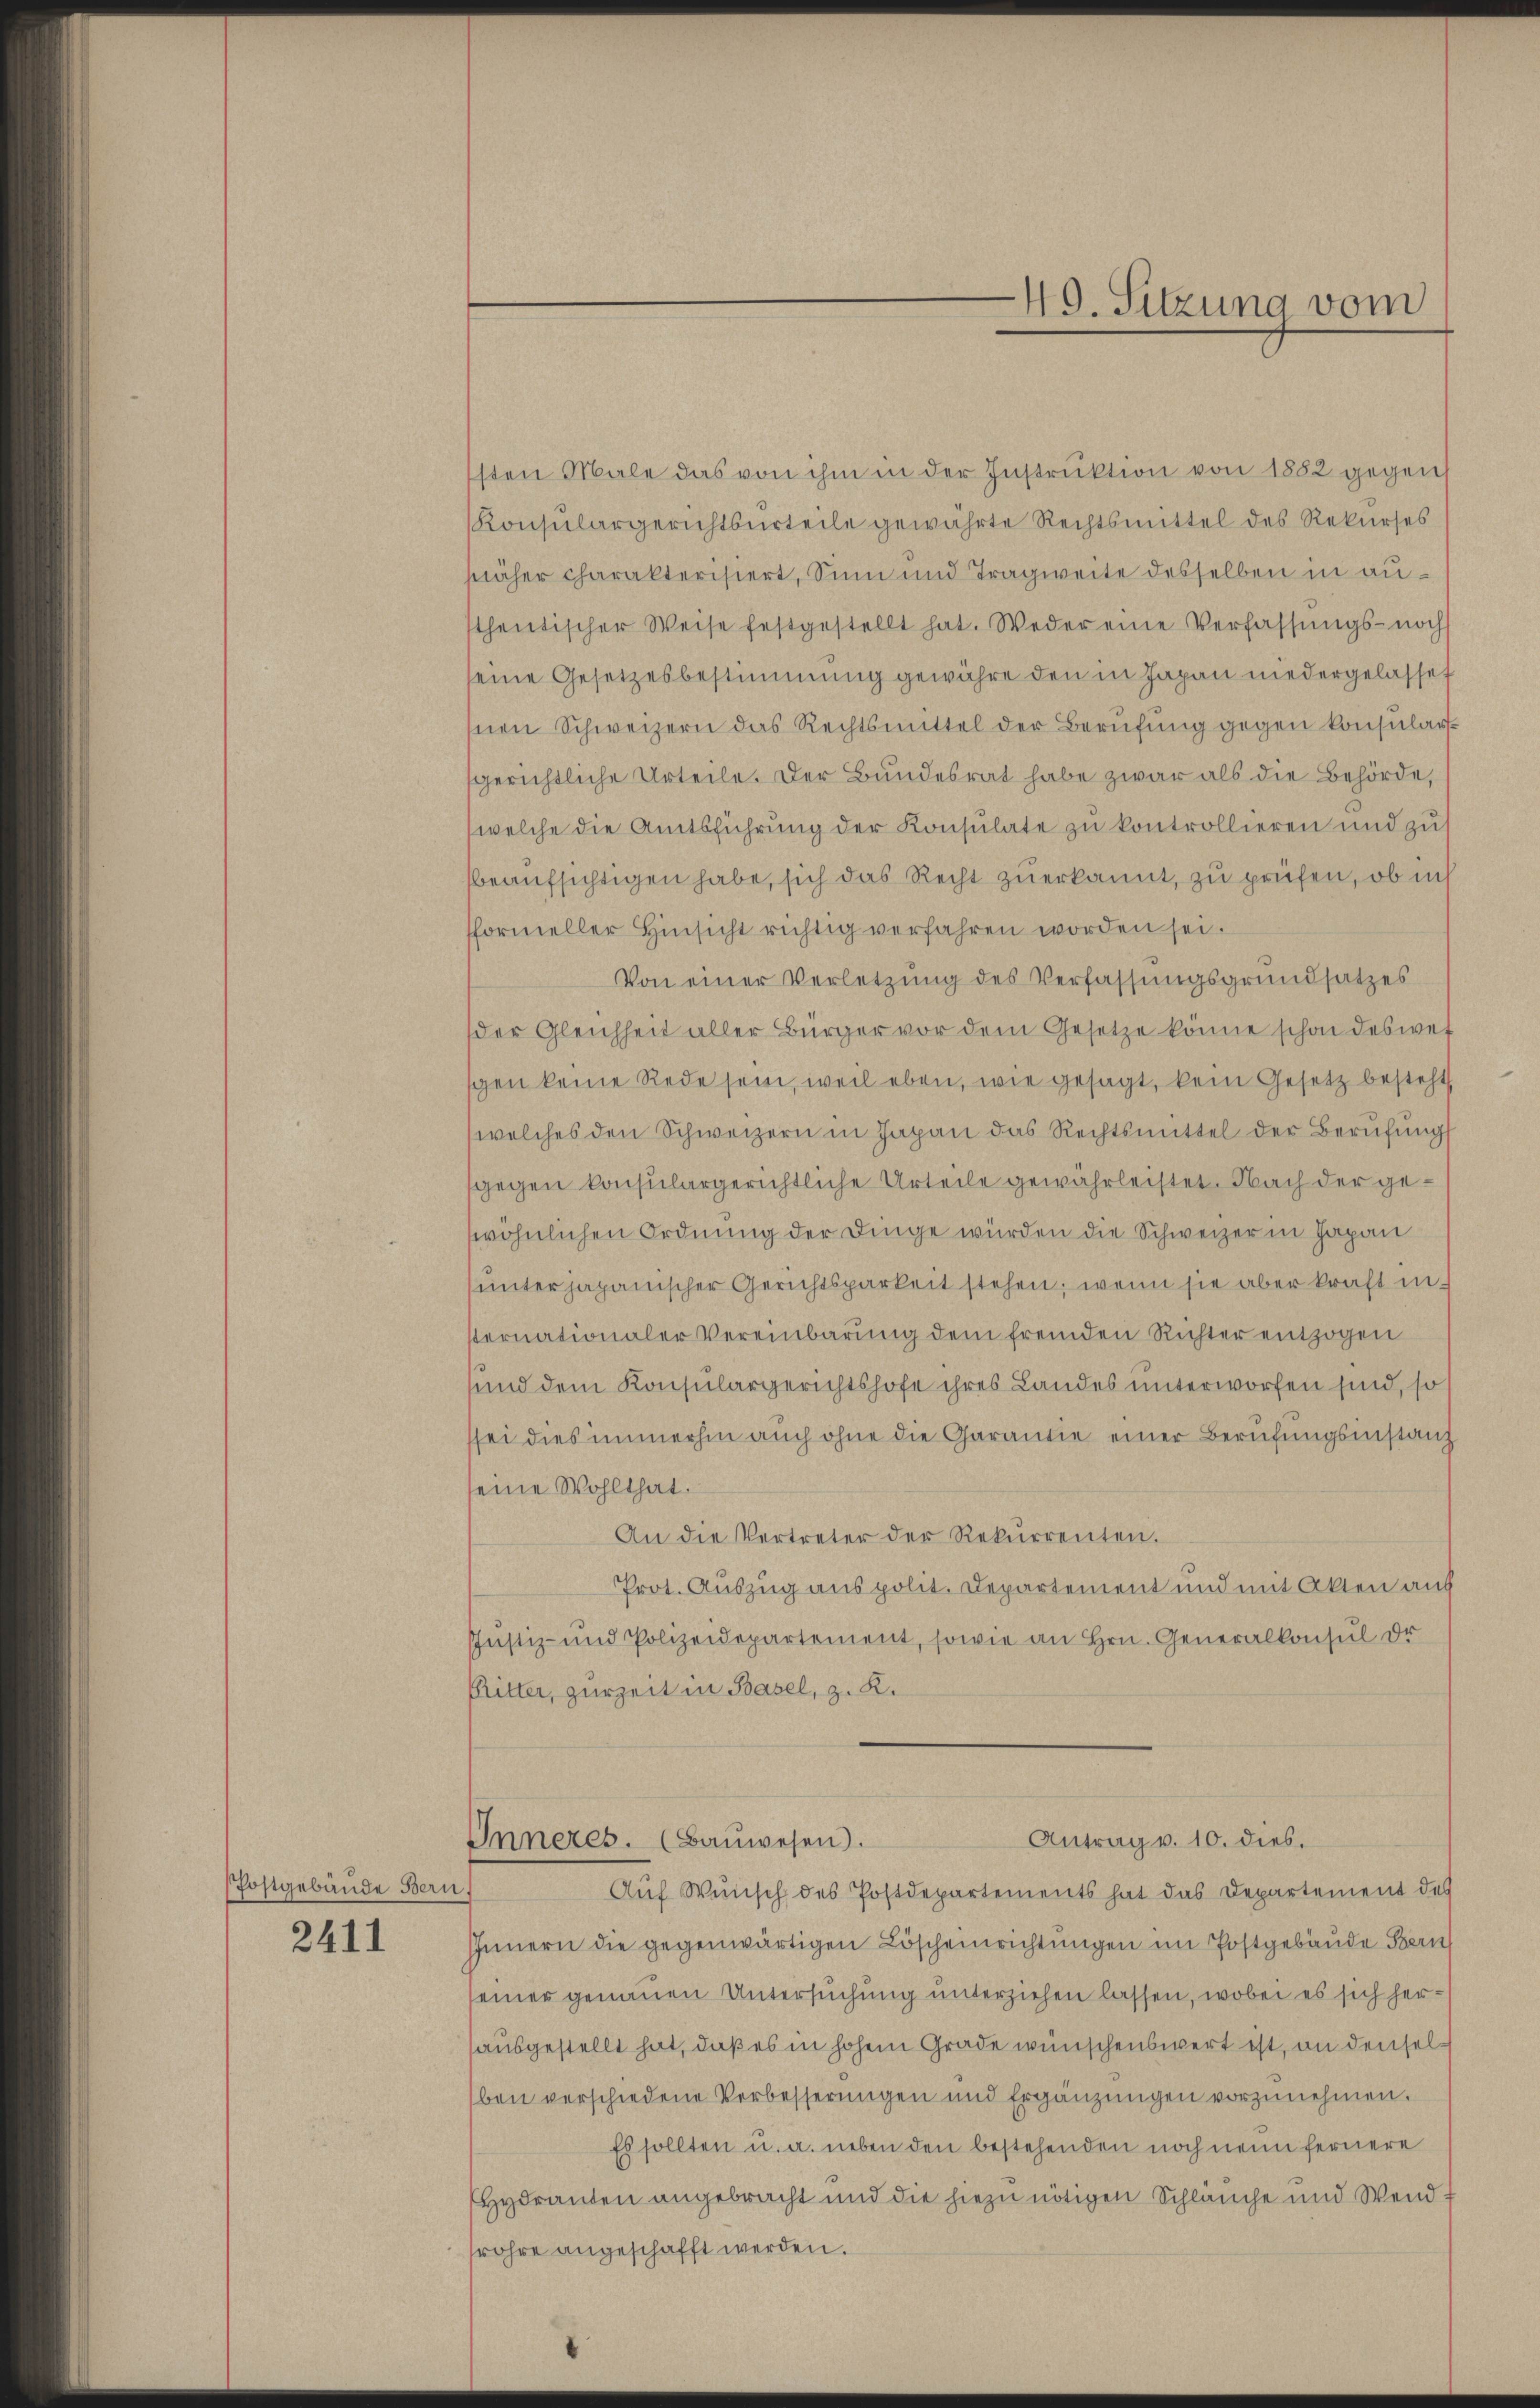
Postgebäude Bern,

2411

sten Male das von ihm in der Instruktion von 1882 gegen
Konsulargerichtsurteile gewährte Rechtsmittel des Rekurses
näher charakterisiert, Sinn und Tragweite desselben in authentischer Weise festgestellt hat. Weder eine Verfassŭngs- noch
seine Gesetzesbestimmung gewähre den in Japan niedergelasset
nen Schweizern das Rechtsmittel der Berufung gegen konsulargerichtliche Urteile. Der Bundesrat habe zwar als die Behörde,
welche die Amtsführung der Konsulate zu kontrollieren und zu
beaufsichtigen habe, sich das Recht zuerkannt, zu prüfen, ob in
formeller Hinsicht richtig verfahren worden sei.
Von einer Verletzung des Verfassungsgrundsatzes
der Gleichheit aller Bürger vor dem Gesetze könne schon deswet
gen keine Rede sein, weil eben, wie gesagt, kein Gesetz besteht
welches den Schweizern in Japan das Rechtsmittel der Berufung
gegen konsulargerichtliche Urteile gewährleistet. Nach der gewöhnlichen Ordnung der Dinge würden die Schweizer in Japan
unterjapanischer Gerichtsparkeit stehen, wenn sie aber kraft in
sternationaler Vereinbarung dem fremden Richter entzogen
und dem Konsulargerichtshofe ihres Landes unterworfen sind, so
sei dies immerhin auch ohne die Garantie einer Berufungsinstanz
seine Wohlthat.
An die Vertreter der Rekurrenten.
Prot. Auszug aus polit. Departement und mit Akten auf
Justiz- und Polizeidepartement, sowie an Hrn. Generalkonsul Dr.
Ritter, zurzeit in Basel, z. R.
Antrag v. 10. dies.
Inneres. (Bauwesen).
Auf Wunsch des Postdepartements hat das Departement des
Innern die gegenwärtigen Löscheinrichtungen im Postgebäude Bern
seiner genauen Untersuchung unterziehen lassen, wobei es sich herausgestellt hat, daß es in hohem Grade wünschenswert ist, an denselben verschiedene Verbesserungen und Ergänzungen vorzunehmen.
Es sollten u. a. neben den bestehenden noch neun fernere
Hydranten angebracht und die hiezu nötigen Schlauche und Wendt
röhre angeschafft werden.

49. Sitzung vom